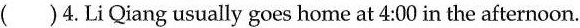
( )4.Li Qiang usually goes home at 4:00 in the afternoon.